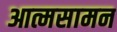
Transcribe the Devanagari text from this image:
आत्मसामन